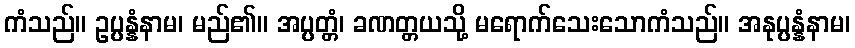
ကံသည်။ ဥပ္ပန္နံနာမ၊ မည်၏။ အပ္ပတ္တံ၊ ခဏတ္တယသို့ မရောက်သေးသောကံသည်။ အနုပ္ပန္နံနာမ၊